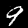
Label: 9